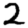
Digit: 2